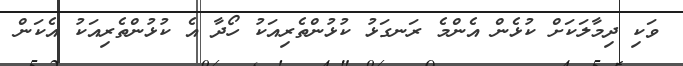
ވަކި ދިމާލަކަށް ކުޅެން އެންމެ ރަނގަޅު ކުޅުންތެރިއަކު ހޯދާ އެ ކުޅުންތެރިއަކު އެކަން